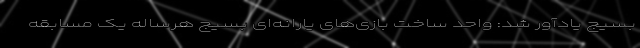
بسیج یادآور شد: واحد ساخت بازی‌های یارانه‌ای بسیج هرساله یک مسابقه